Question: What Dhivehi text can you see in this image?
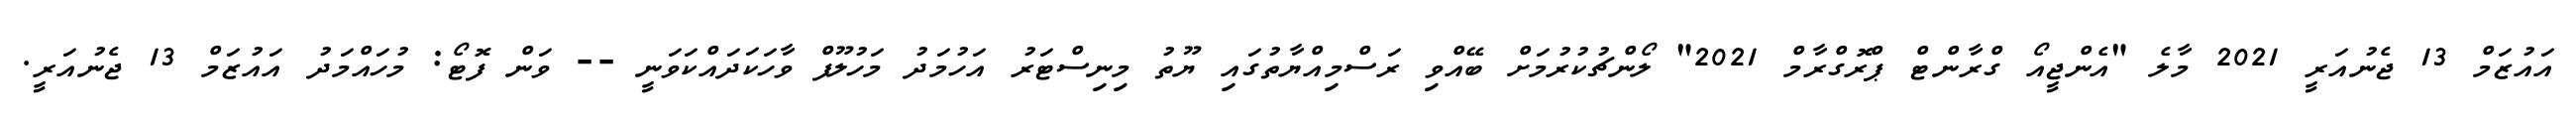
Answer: އައުޒަމް 13 ޖެނުއަރީ 2021 މާލެ "އެންޖީއޯ ގްރާންޓް ޕްރޮގްރާމް 2021" ލޯންޗުކުރުމަށް ބޭއްވި ރަސްމިއްޔާތުގައި ޔޫތު މިނިސްޓަރު އަހުމަދު މަހުލޫފް ވާހަކަދައްކަވަނީ -- ވަން ފޮޓޯ: މުހައްމަދު އައުޒަމް 13 ޖެނުއަރީ.